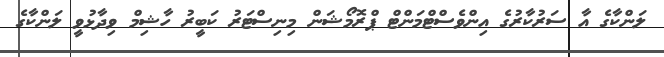
ލަންކާގެ އާ ސަރުކާރުގެ އިންވެސްޓްމަންޓް ޕްރޮމޯޝަން މިނިސްޓަރު ކަބީރު ހާޝިމް ވިދާޅުވީ ލަންކާގެ